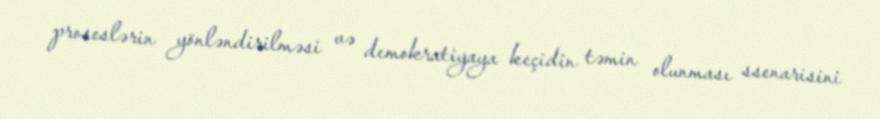
proseslərin yönləndirilməsi və demokratiyaya keçidin təmin olunması ssenarisini